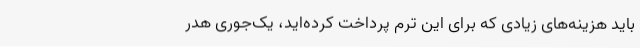
باید هزینه‌های زیادی که برای این ترم پرداخت کرده‌اید، یک‌جوری هدر